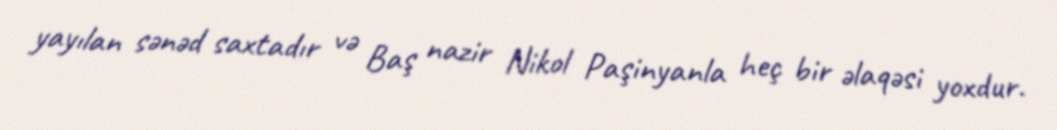
yayılan sənəd saxtadır və Baş nazir Nikol Paşinyanla heç bir əlaqəsi yoxdur.